Report on lock hospitals in British Burma
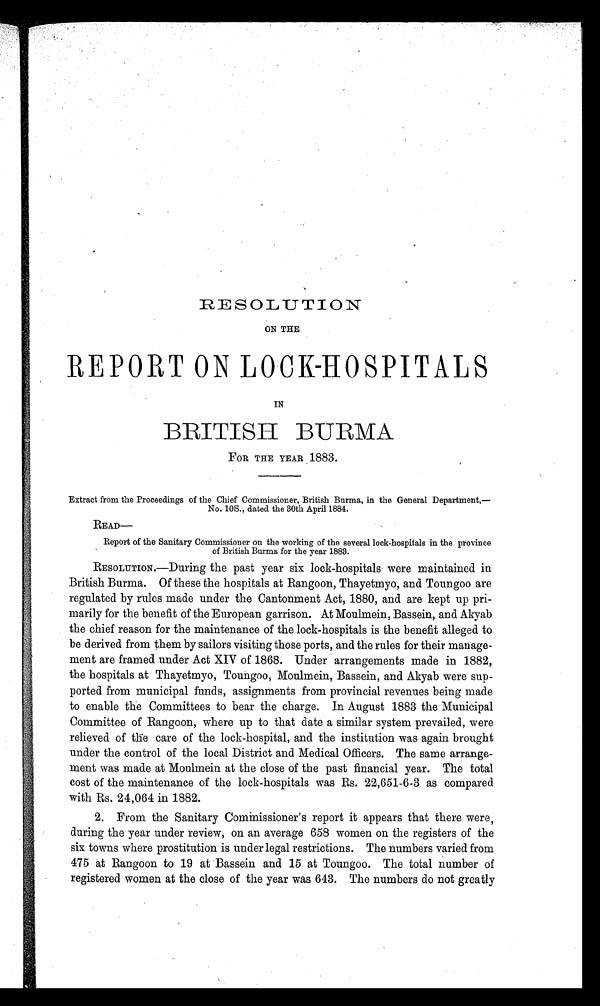
ON THE
REPORT ON LOCK-HOSPITALS
IN
BRITISH BURMA
FOR THE YEAR 1883.
Extract from the Proceedings of the Chief Commissioner, British Burma, in the General Department,—
No. 10S., dated the 30th April 1884.
READ—
Report of the Sanitary Commissioner on the working of the several lock-hospitals in the province
of British Burma for the year 1883.
RESOLUTION.—During the past year six lock-hospitals were maintained in
British Burma. Of these the hospitals at Rangoon, Thayetmyo, and Toungoo are
regulated by rules made under the Cantonment Act, 1880, and are kept up pri-
marily for the benefit of the European garrison. At Moulmein, Bassein, and Akyab
the chief reason for the maintenance of the lock-hospitals is the benefit alleged to
be derived from them by sailors visiting those ports, and the rules for their manage--
ment are framed under Act XIV of 1868. Under arrangements made in 1882,
the hospitals at Thayetmyo, Toungoo, Moulmein, Bassein, and Akyab were sup-
ported from municipal funds, assignments from provincial revenues being made
to enable the Committees to bear the charge. In August 1883 the Municipal
Committee of Rangoon, where up to that date a similar system prevailed, were
relieved of the care of the lock-hospital, and the institution was again brought
under the control of the local District and Medical Officers. The same arrange-
-ment was made at Moulmein at the close of the past financial year. The total
cost of the maintenance of the lock-hospitals was Rs. 22,651-6-3 as compared
with Rs. 24,064 in 1882.
2. From the Sanitary Commissioner's report it appears that there were,
during the year under review, on an average 658 women on the registers of the
six towns where prostitution is under legal restrictions. The numbers varied from
475 at Rangoon to 19 at Bassein and 15 at Toungoo. The total number of
registered women at the close of the year was 643. The numbers do not greatly